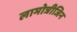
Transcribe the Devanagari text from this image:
लामोत्रीजिन